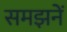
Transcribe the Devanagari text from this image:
समझनें